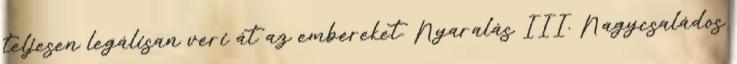
teljesen legálisan veri át az embereket. Nyaralás III. Nagycsaládos